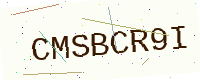
Text: CMSBCR9I